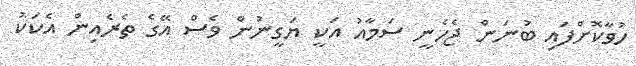
ހުވާކޮށްފައި ބުނަން ޖެހެނީ ސަމާއު އަކީ ޔަގީނުން ވެސް އޭގެ ތެރެއިން އެކަކު